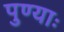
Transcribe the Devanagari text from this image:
पुण्याः